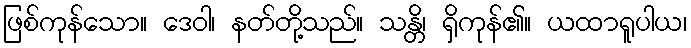
ဖြစ်ကုန်သော။ ဒေဝါ၊ နတ်တို့သည်။ သန္တိ၊ ရှိကုန်၏။ ယထာရူပါယ၊